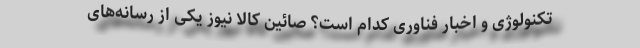
تکنولوژی و اخبار فناوری کدام است؟ صائین کالا نیوز یکی از رسانه‌های